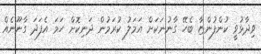
ވިދާޅުވީ ކުންފުންޏާ ބެހޭ ގާނުނަކަށް އަމަލު ކުރަމުން ދަނިކޮށް ހަމަ އެފަދަ ގާނޫނެއް